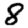
Digit: 8